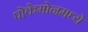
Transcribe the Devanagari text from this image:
पोकेमोनमध्ये